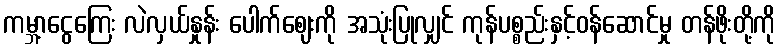
ကမ္ဘာ့ငွေကြေး လဲလှယ်နှုန်း ပေါက်ဈေးကို အသုံးပြုလျှင် ကုန်ပစ္စည်းနှင့်ဝန်ဆောင်မှု တန်ဖိုးတို့ကို